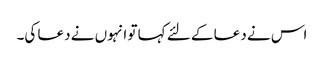
اس نے دعا کے لئے کہا تو انہوں نے دعا کی۔